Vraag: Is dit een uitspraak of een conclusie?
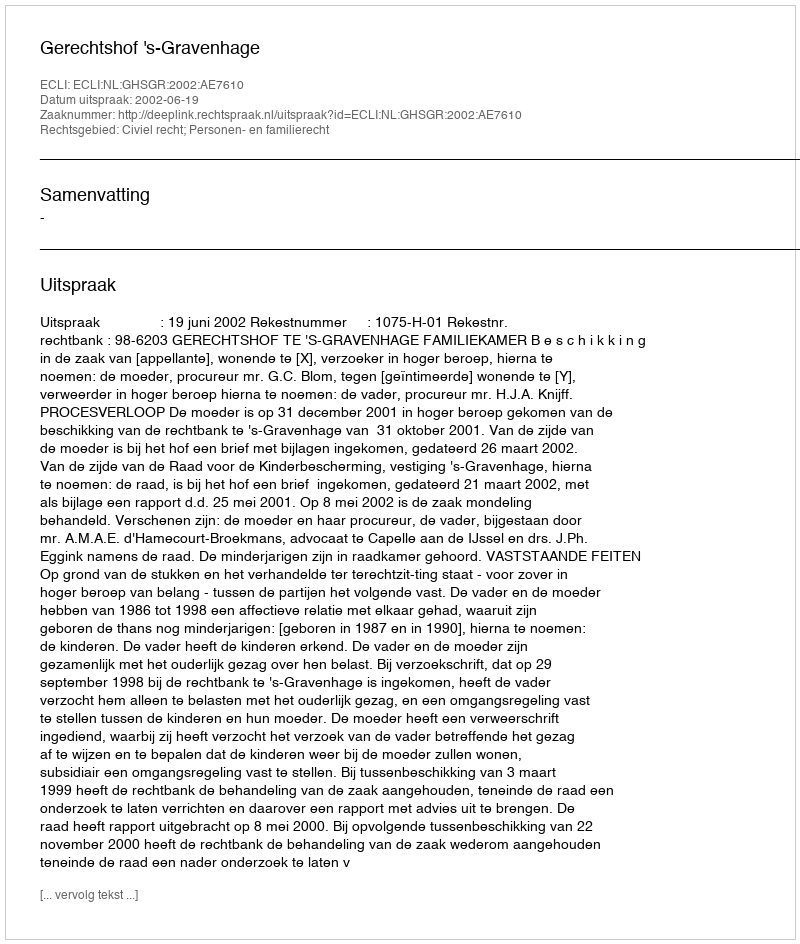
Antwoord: Uitspraak